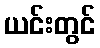
ယင်းတွင်